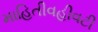
માહિતીવહીવટી